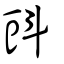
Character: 㪷